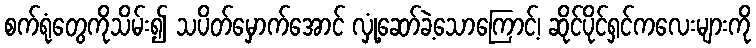
စက်ရုံတွေကိုသိမ်း၍ သပိတ်မှောက်အောင် လှုံ့ဆော်ခဲ့သောကြောင့်၊ ဆိုင်ပိုင်ရှင်ကလေးများကို